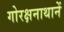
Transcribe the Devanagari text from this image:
गोरक्षनाथानें